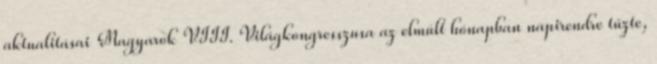
aktualitásai Magyarok VIII. Világkongresszusa az elmúlt hónapban napirendre tűzte,